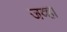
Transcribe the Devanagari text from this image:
जव्हा